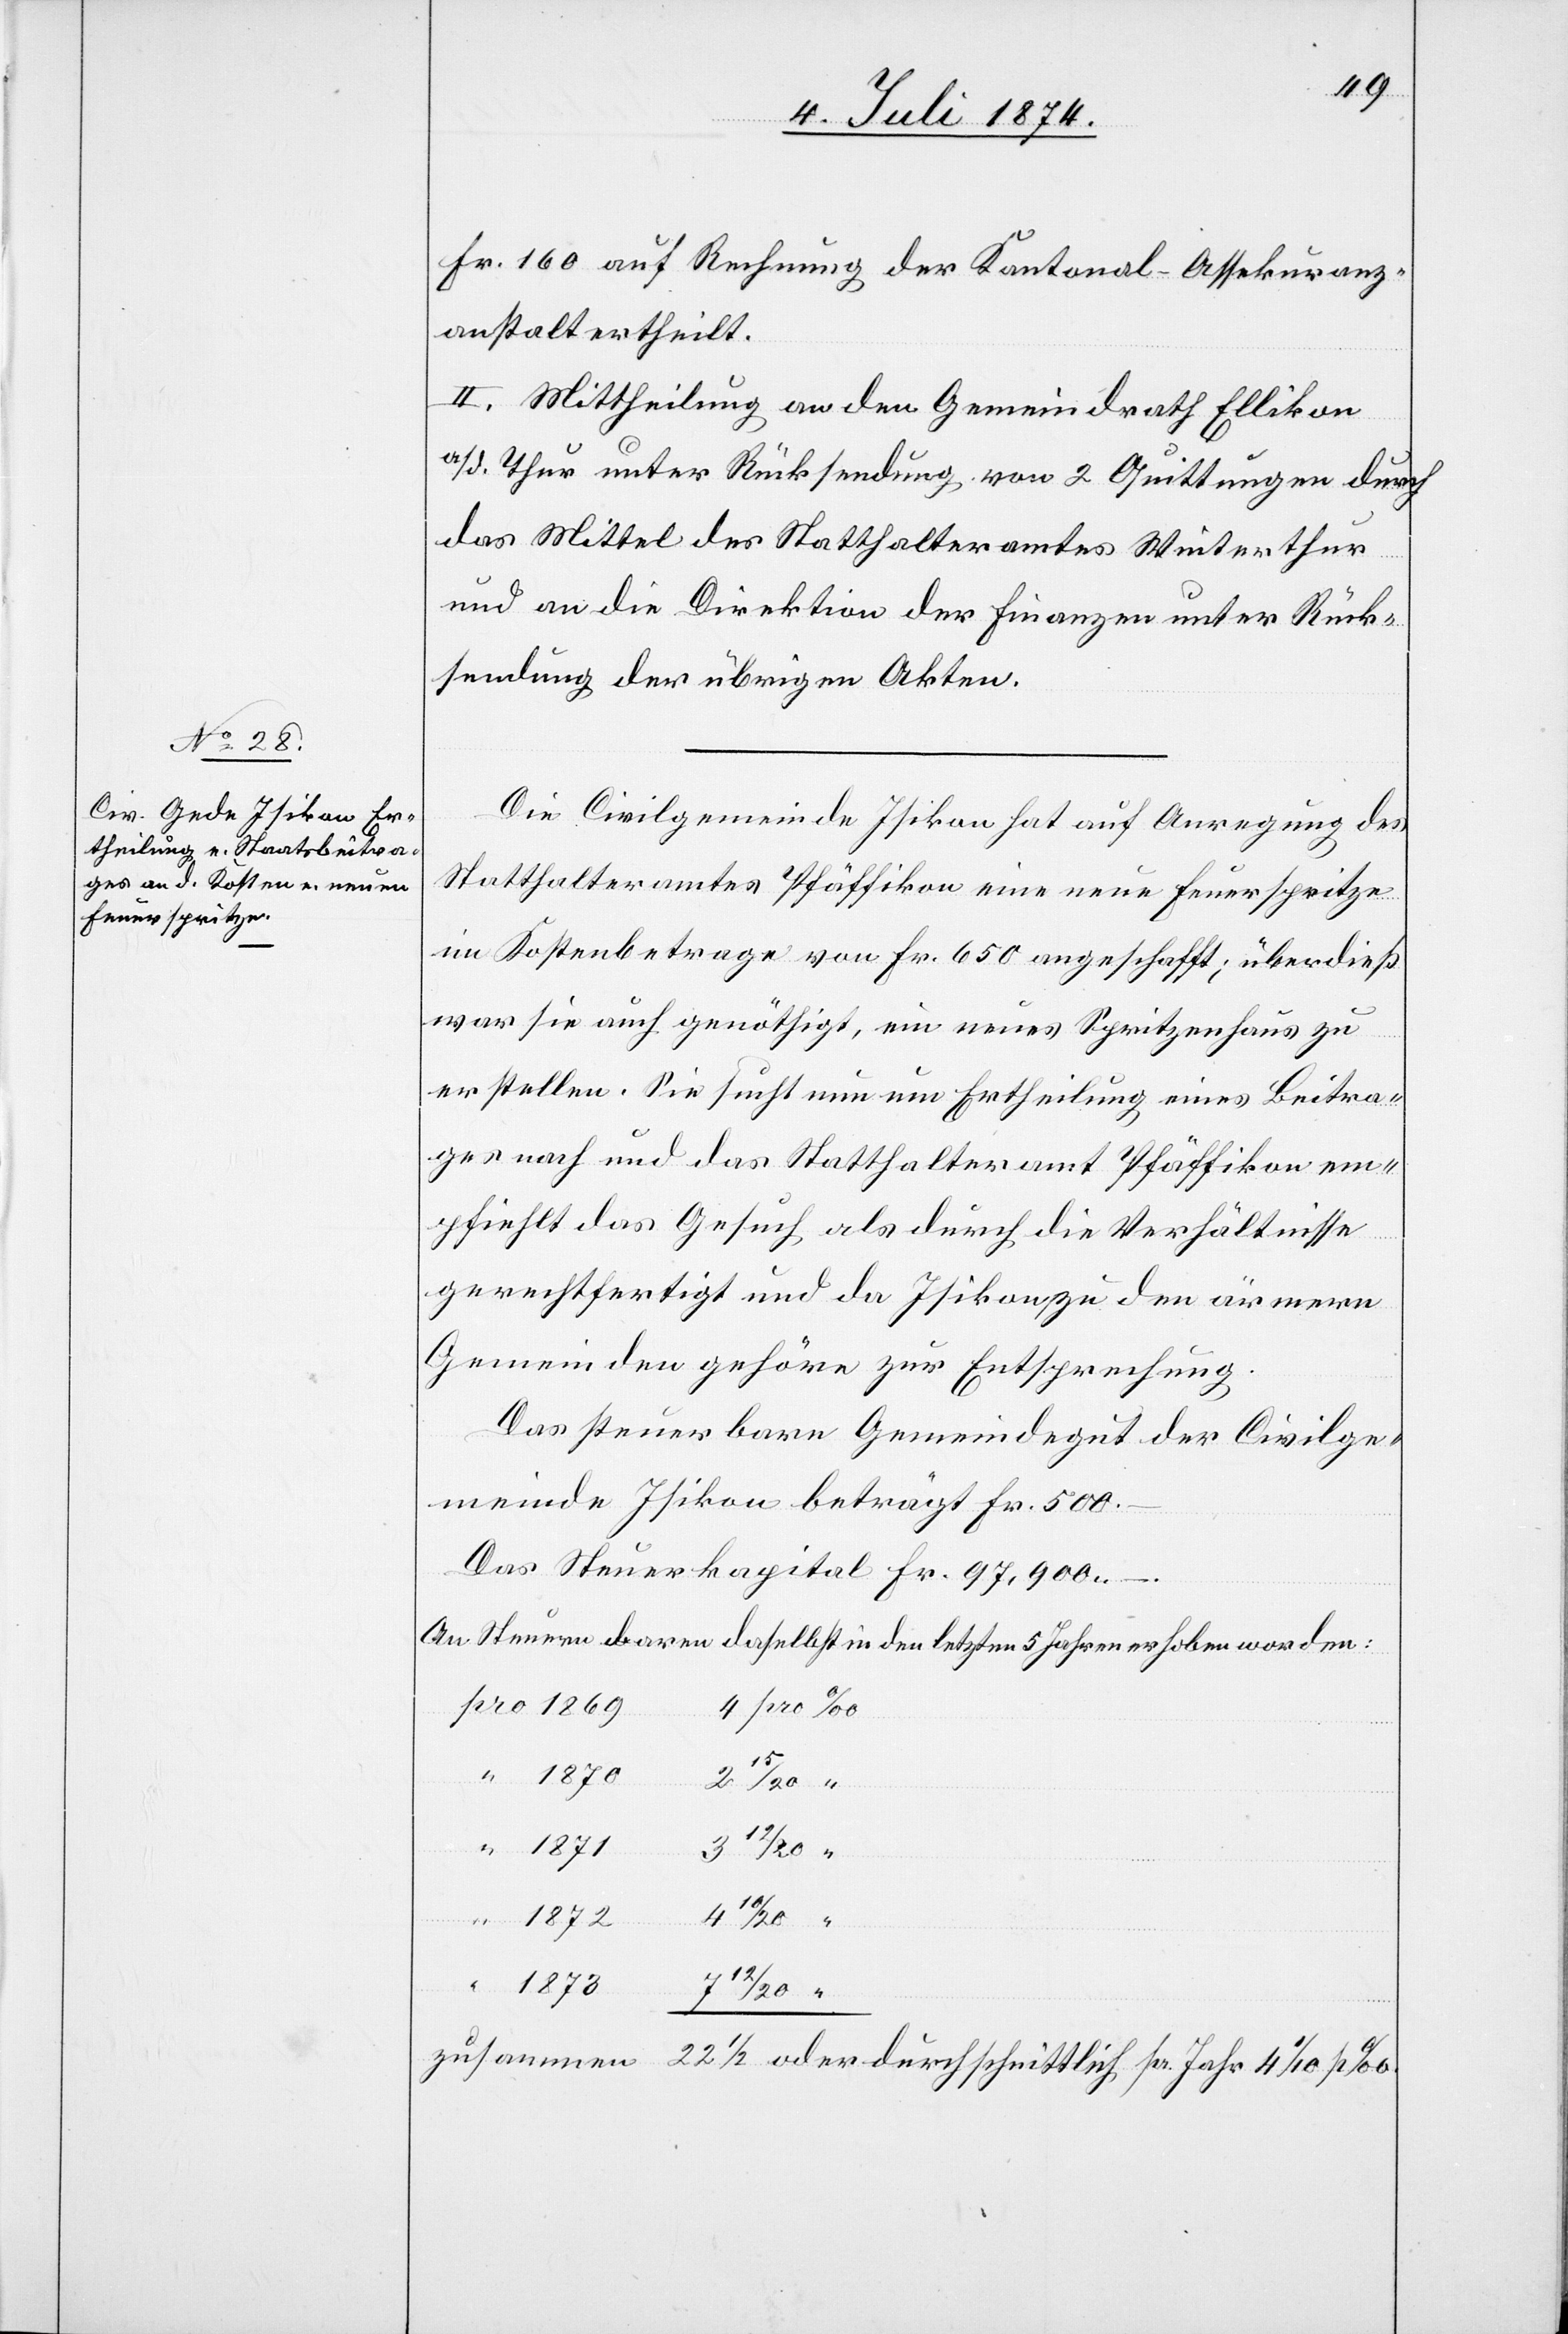
Fr. 160 auf Rechnung der Kantonal-Assekuranz¬
anstalt ertheilt.
II. Mittheilung an den Gemeindrath Ellikon
a/d Thur unter Rücksendung von 2 Quittungen durch
das Mittel des Statthalteramtes Winterthur
und an die Direktion der Finanzen unter Rück¬
sendung der übrigen Akten.
Die Civilgemeinde Isikon hat auf Anregung des
Statthalteramtes Pfäffikon eine neue Feuerspritze
im Kostenbetrage von Fr. 650 angeschafft; überdieß
war sie auch genöthigt, ein neues Spritzenhaus zu
erstellen. Sie sucht nun um Ertheilung eines Beitra¬
ges nach und das Statthalteramt Pfäffikon em¬
pfiehlt das Gesuch als durch die Verhältnisse
gerechtfertigt und da Isikon zu den ärmern
Gemeinden gehöre zur Entsprechung.
Das steuerbare Gemeindegut der Civilge¬
meinde Isikon beträgt Fr. 500.–
Das Steuerkapital Fr. 97,900.–
An Steuern waren daselbst in den letzten 5 Jahren erhoben worden:
3 12/20
4
1873
zusammen 22 1/2 oder durchschnittlich pr. Jahr 4 1/10 p‰